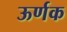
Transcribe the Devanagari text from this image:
ऊर्णक